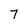
Character: 7